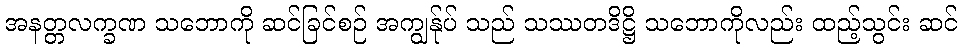
အနတ္တလက္ခဏ သဘောကို ဆင်ခြင်စဉ် အကျွန်ုပ် သည် သဿတဒိဋ္ဌိ သဘောကိုလည်း ထည့်သွင်း ဆင်